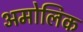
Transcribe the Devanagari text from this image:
अमोलिक